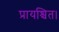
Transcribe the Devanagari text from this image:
प्रायश्चित।